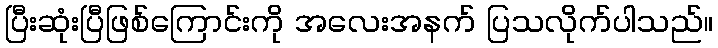
ပြီးဆုံးပြီဖြစ်ကြောင်းကို အလေးအနက် ပြသလိုက်ပါသည်။